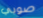
صوبي